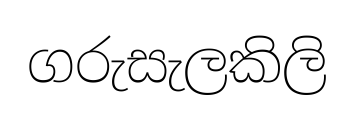
ගරුසැලකිලි